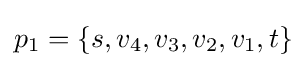
p_{1}=\{s,v_{4},v_{3},v_{2},v_{1},t\}